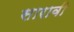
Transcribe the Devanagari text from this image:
सारावी